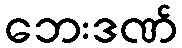
ဘေးဒဏ်